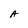
Character: A